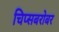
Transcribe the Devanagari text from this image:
चिप्सबरोबर